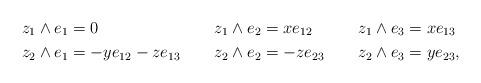
LaTeX: \begin{align*} z_1\wedge e_1 &= 0& z_1\wedge e_2 &= xe_{12}& z_1\wedge e_3 &= xe_{13}& \\ z_2\wedge e_1 &= -ye_{12}-ze_{13}& z_2\wedge e_2 &= -ze_{23}& z_2\wedge e_3 &= ye_{23},& \end{align*}